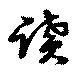
讀